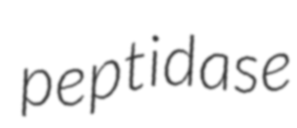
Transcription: peptidase